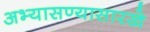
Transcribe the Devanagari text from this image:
अभ्यासण्यासारखे